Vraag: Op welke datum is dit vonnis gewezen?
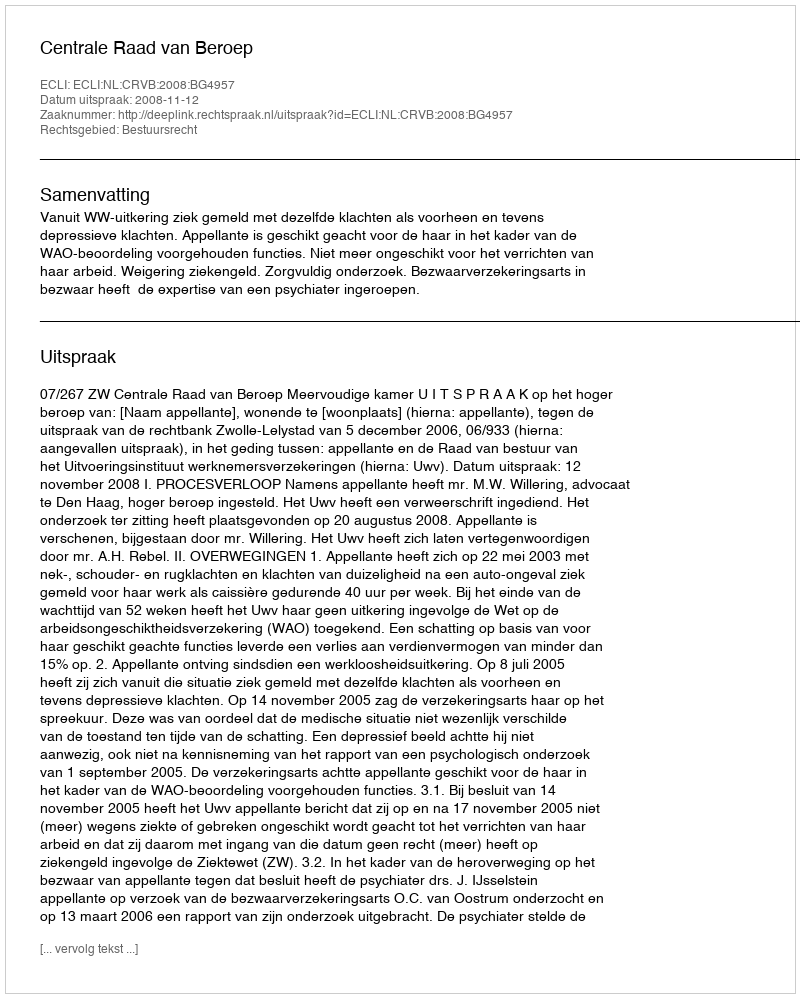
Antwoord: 2008-11-12